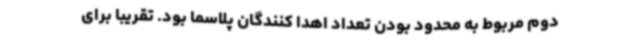
دوم مربوط به محدود بودن تعداد اهدا کنندگان پلاسما بود. تقریبا برای